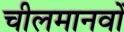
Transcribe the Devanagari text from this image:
चीलमानवों